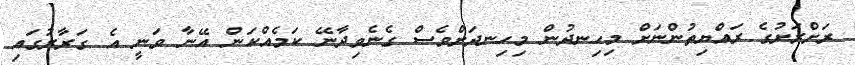
ރަށްރަށުގެ ރައްޔިތުންނަށް މިހިނދުން މިހިނދަށްވެސް ގެނެވިދާނޭ ކަމެއްކަން އޭނާ ވަނީ އެ ގަރާރުގައި